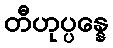
တီဟုပ္ပန္နေ